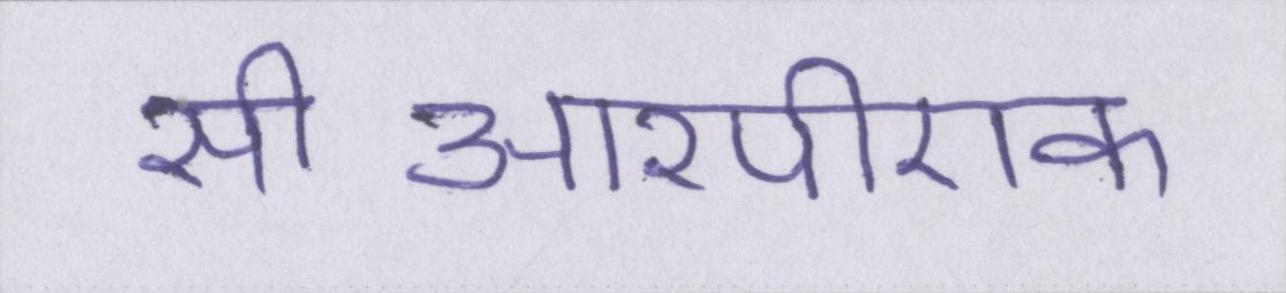
सीआरपीएफ